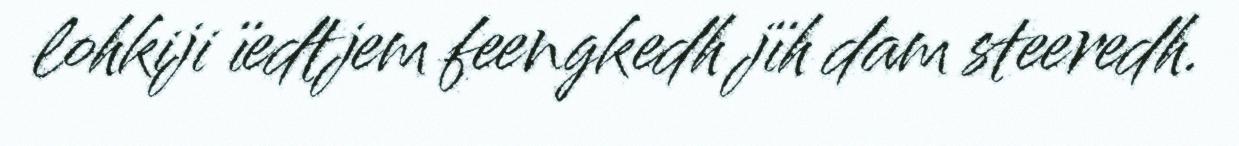
lohkiji ïedtjem feengkedh jïh dam steeredh.